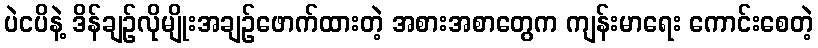
ပဲငပိနဲ့ ဒိန်ချဉ်လိုမျိုးအချဉ်ဖောက်ထားတဲ့ အစားအစာတွေက ကျန်းမာရေး ကောင်းစေတဲ့